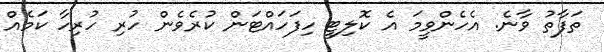
ތަފާތު ވާނެ. އެހެންވީމަ އެ ކޮލިޓީ ހިފަހައްޓަން ކުރެވެން ހުރި ހުރިހާ ކަމެއް